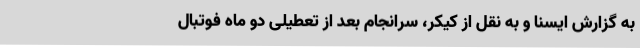
به گزارش ایسنا و به نقل از کیکر، سرانجام بعد از تعطیلی دو ماه فوتبال